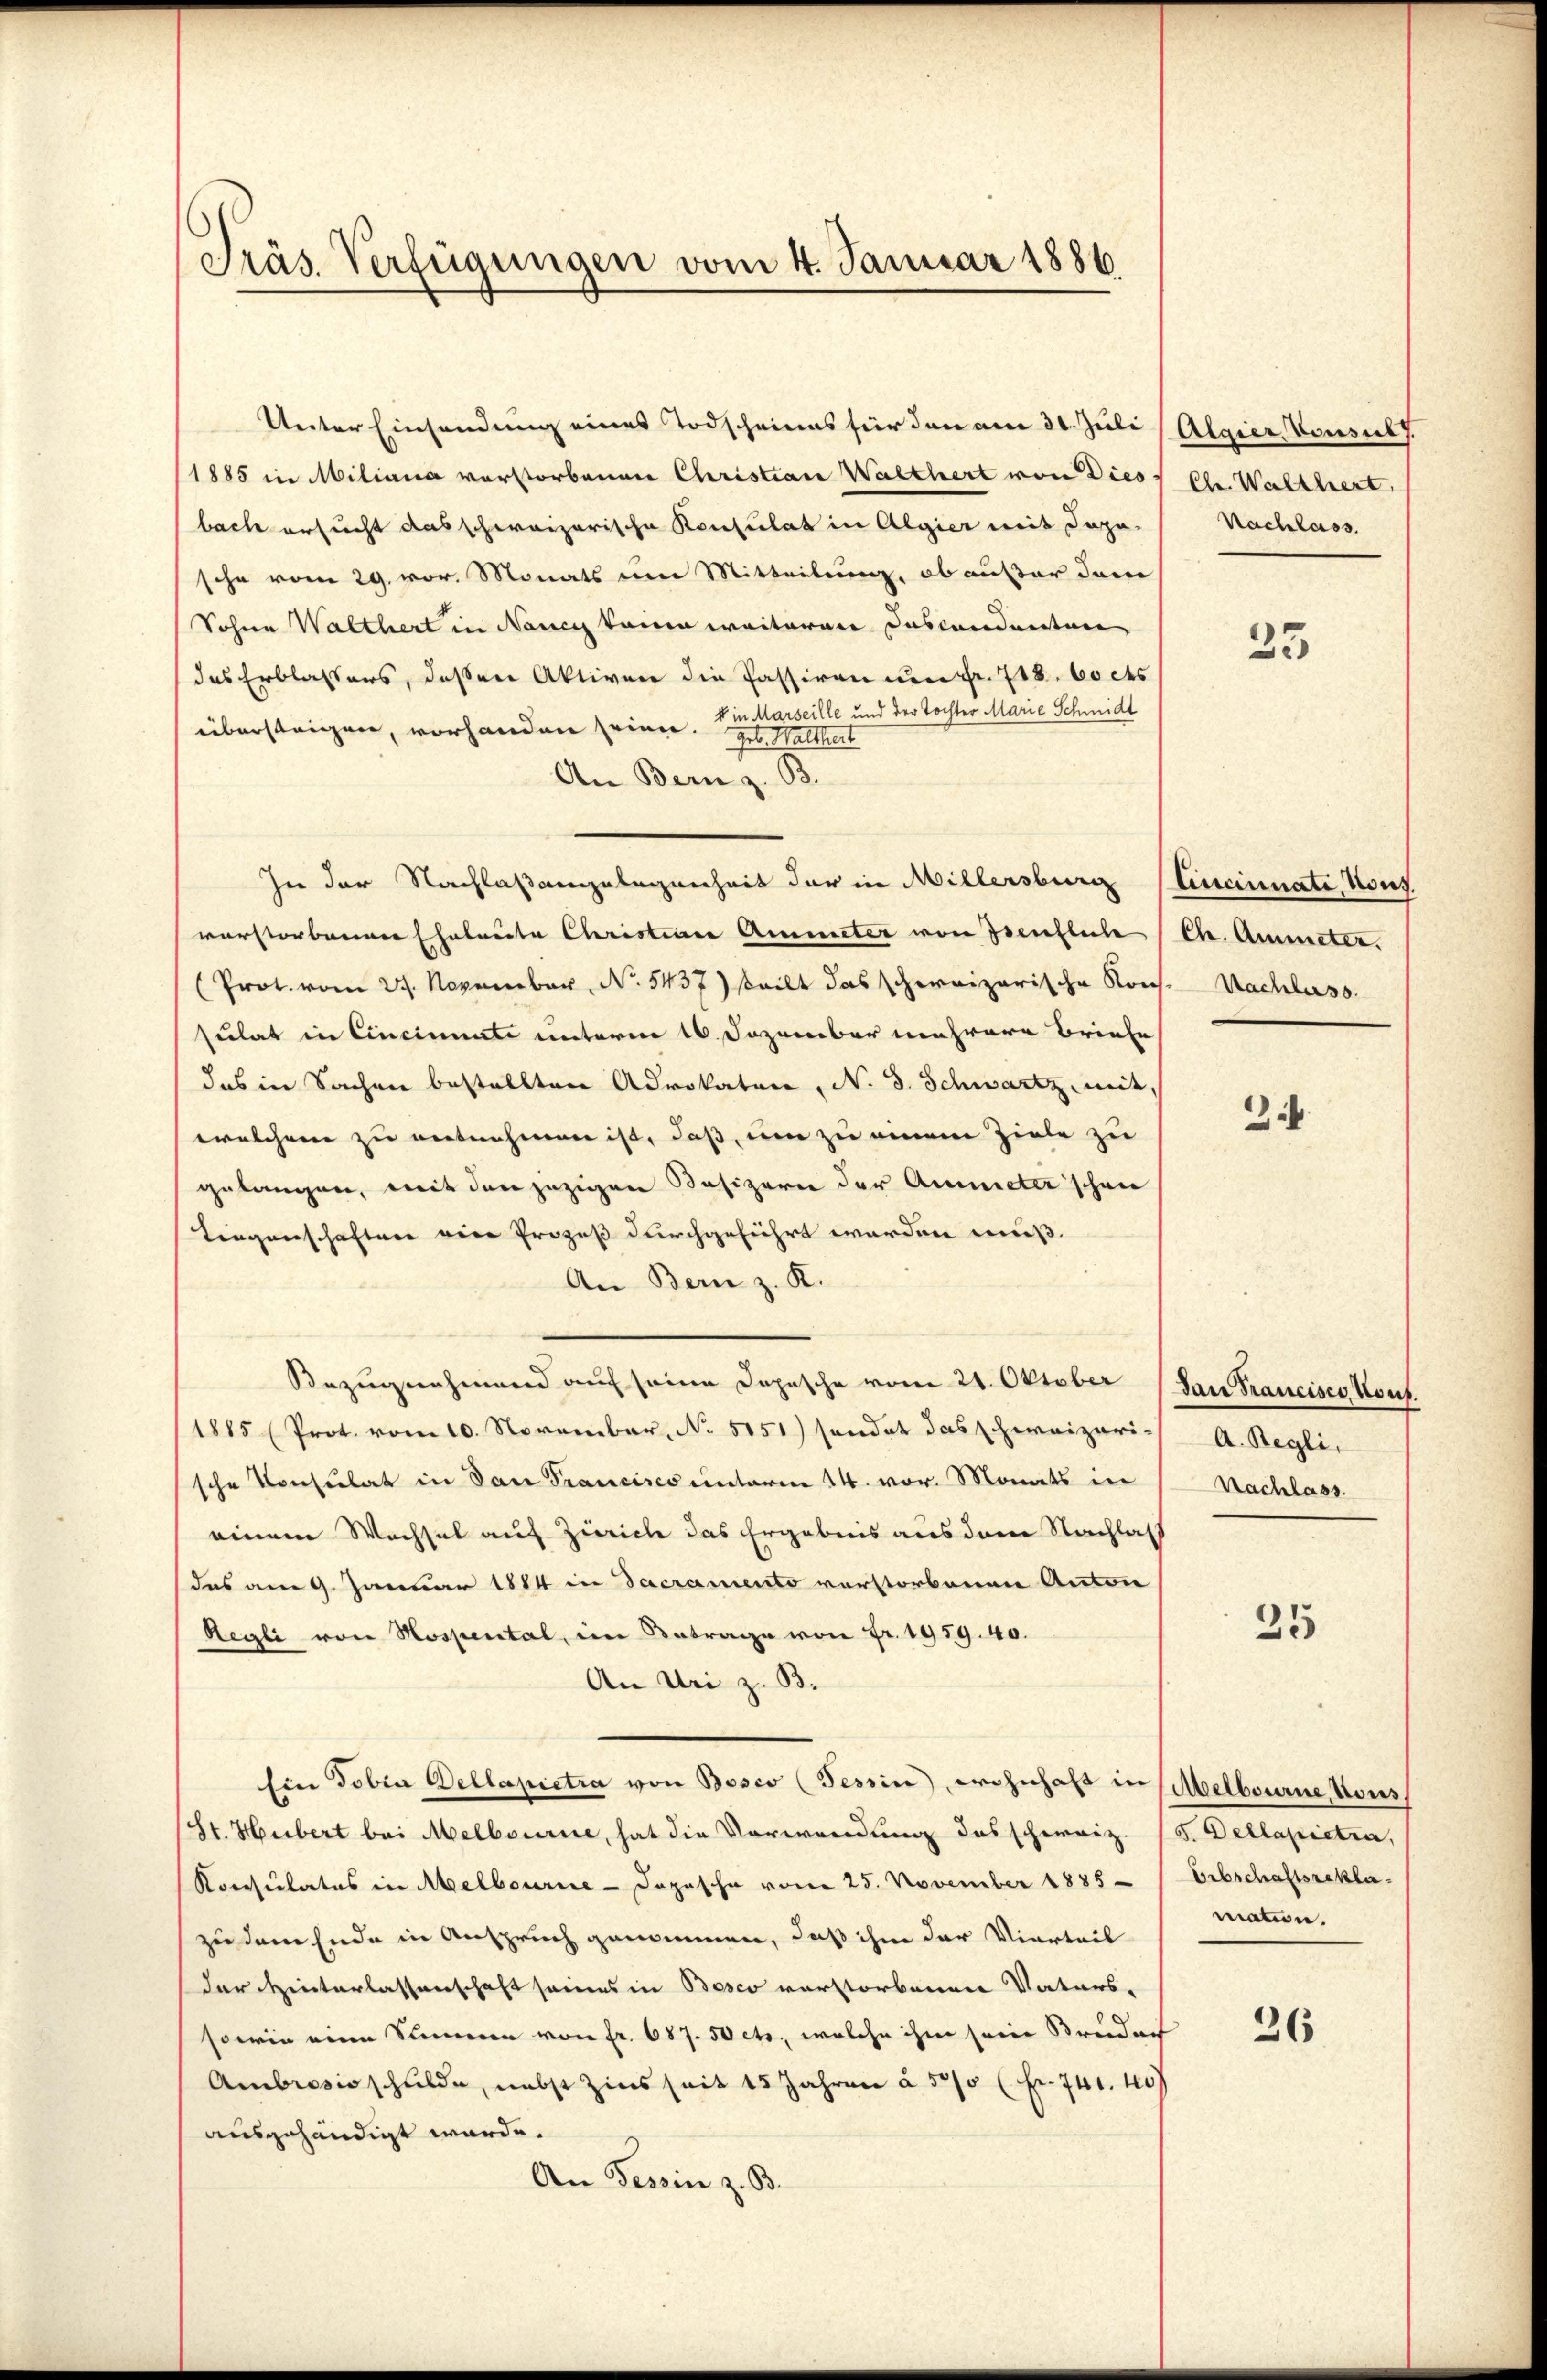
Präs. Verfügungen vom 4. Januar 1886.

1885 in Miliana verstorbenen Christian Walthert von Dies
bach ersucht das schweizerische Konsulat in Algier mit Sopa-
sche vom 29. vor. Monats um Mitteilung, ob außer dem
Sohnen Walthert in Nancy kann weiteren Descendanten
das Erblassers, dessen Aktiven die Passiven um Fr. 718. 60 cts
v in Marseille und der Tochter Marie Schmidt
übersteigen, vorhanden seinen. Walthert
An Bern z. B.
In der Nachlaßangelegenheit der in Millersburg (Cincinnate, Kons.
verstorbnenner Chalverte Cleristiana Ammeter von Isenfliche Chr. Amieter.
(Prot. vom 27. November N. 5437) steilt das schweizerische Kons.
sulat in Cincinnate unterm 16. Jezember mehrere Briefe
das in Sachen bestellten Advokaten, N. 3. Schwartz, mit,
welchem zu entnehmen ist, daß, um zu einem Ziele zu
gelangen, mit den jezigen Besizern der Ammeter schon
Liegenschaften eine Prozeß durchgeführt werden muß.
An Bern z. K.
Bezugnahmend auf seine Dopesche vom 21. Oktober dan Francisco Kouf.
1885 (Prot. vom 10. November, No 5151) sendet das schweizeri-
sche Konsulat in dan Francisco unterm 14. vor. Monats in
einem Wachsel auf Zürich das Ergebnis aus dem Nachlaß
(das am 9. Januar 1884 in Sacramento verstorbenen Anton
Regli von Hospental, im Betrage von Fr. 1959. 40.
An Uri z. B.
Ein Tobia Dellapietra von Bosco (Tessin, wohnhaft in Melbourne, Nous
(St. Hubert bei Melbourire, hat die Vorwendung des schweiz. (S. Dellapietra,
Konsulates in Melbourie-Dopische vom 25. November 1885 (Erbschaftsrekla-
zu dem Ende in Anspruch genommen, daß ihm der Vierteil
der Hinterlassenschaft seines in Bosco verstorbenen Vaters-
sowie eine Summen von fr. 687. 50 cts., welche ihm sein Streider
Ambrosisschulde, nebst Zins seit 15 Jahren à 50 l. Fr. 741. 40
ausgehändigt würde.
An Tessin z. B.

Unter Einsendung eines Todscheines für den am 31. Juli (Algier Konsult

Chr. Walthert.
Nachlass

35

Nachluss.

3

A. Regli,
Nachlass

25

mation.

26